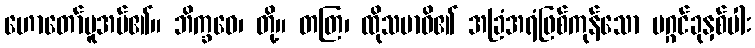
ဟောတော်မူအပ်၏။ ဘိက္ခဝေ၊ တို့။ တတြ၊ ထိုသမာဓိ၏ အခြံအရံဖြစ်ကုန်သော မဂ္ဂင်ခုနှစ်ပါး